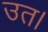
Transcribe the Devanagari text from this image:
उत।